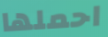
احملها